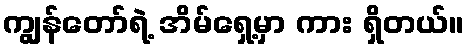
ကျွန်တော်ရဲ့ အိမ်ရှေ့မှာ ကား ရှိတယ်။